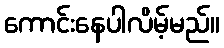
ကောင်းနေပါလိမ့်မည်။